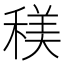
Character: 𥠦